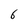
Character: 6